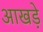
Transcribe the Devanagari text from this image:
आखड़े